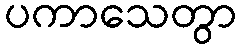
ပကာသေတွာ